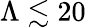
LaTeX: \Lambda\lesssim 20